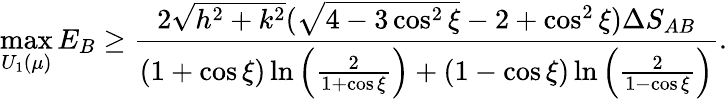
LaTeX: \operatorname*{max}_{U_{1}(\mu)}E_{B}\ge\frac{2\sqrt{h^{2}+k^{2}}(\sqrt{4-3\cos^{2}\xi}-2+\cos^{2}\xi)\Delta S_{AB}}{(1+\cos\xi)\ln\left(\frac{2}{1+\cos\xi}\right)+(1-\cos\xi)\ln\left(\frac{2}{1-\cos\xi}\right)}.